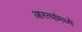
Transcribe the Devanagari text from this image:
आरत्यांमध्ये